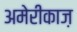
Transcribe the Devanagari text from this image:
अमेरीकाज़